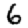
Digit: 6